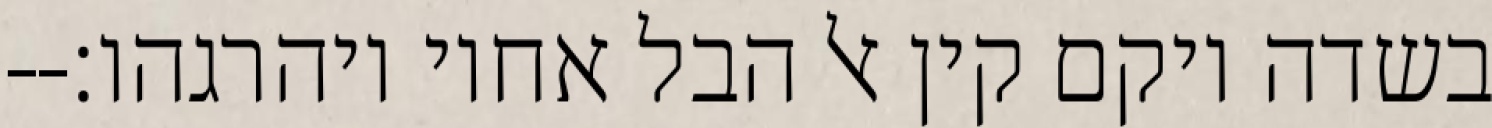
בשדה ויקם קין אל הבל אחיו ויהרגהו׃--